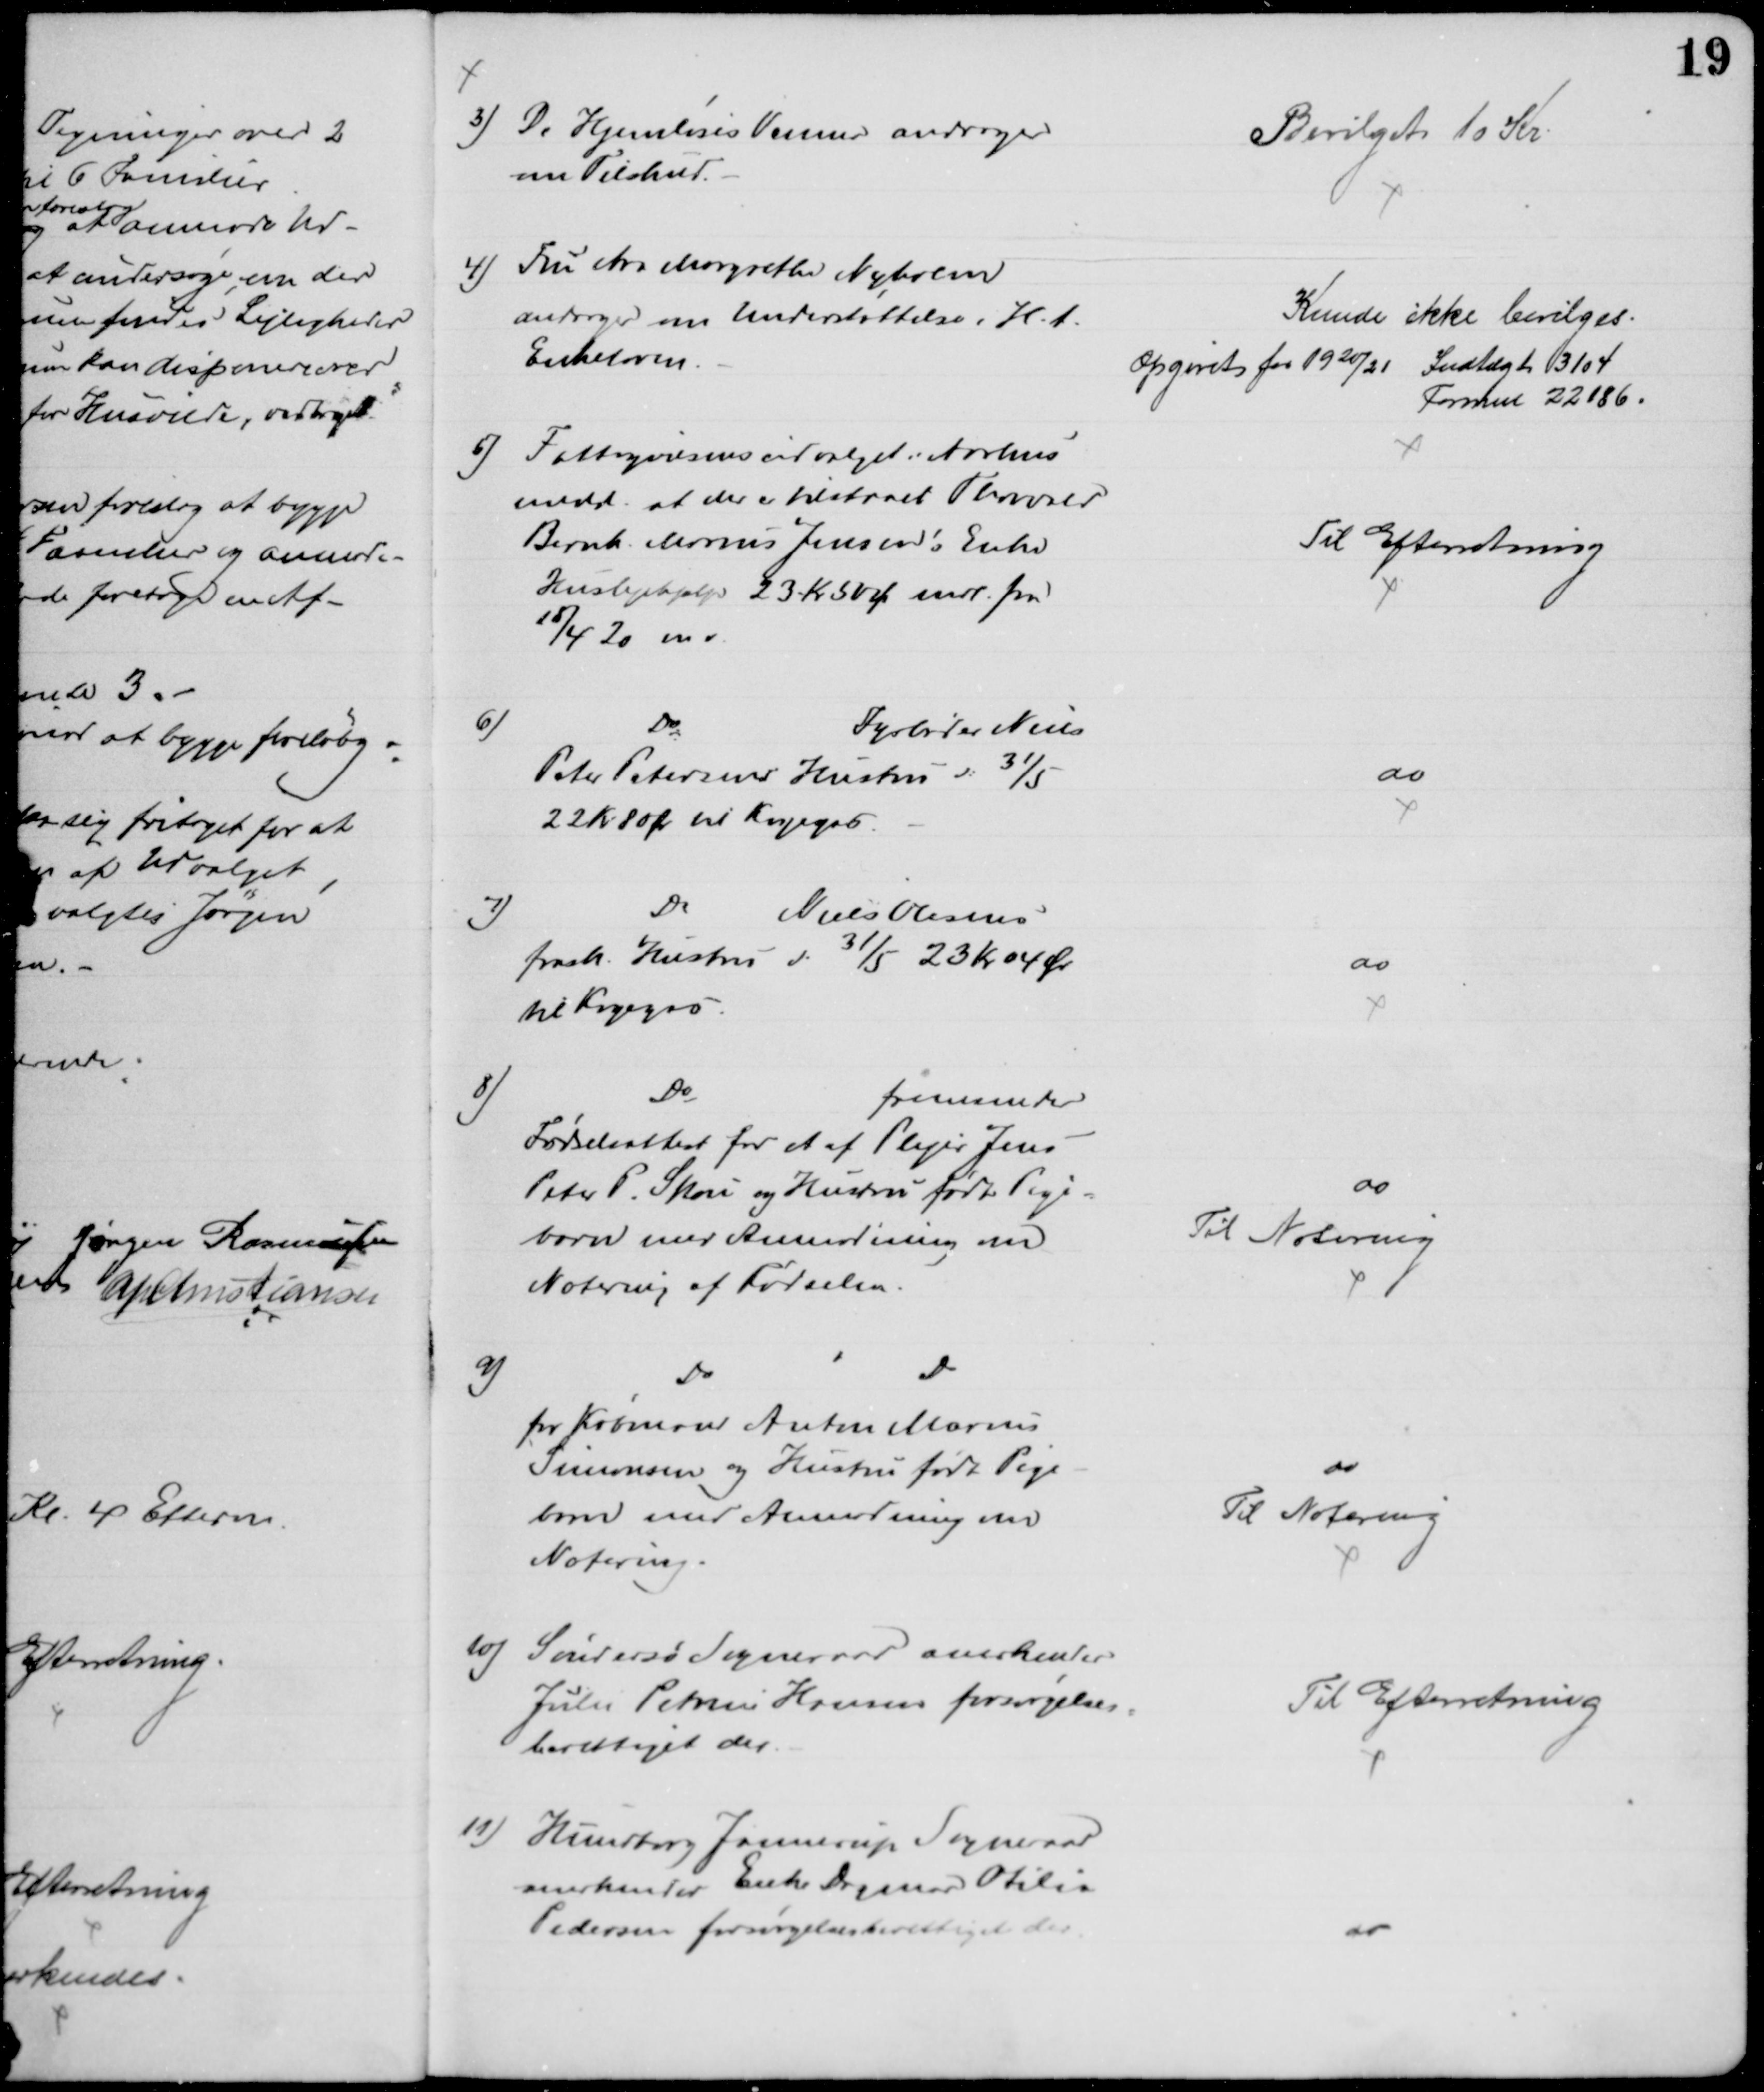
Transskription:
3) De Hjemløses Venner andrager
om Tilskud.
Bevilget 10 Kr
4) Fru Ane Margrethe Nyholm
andrager om Understøttelse i H. t.
Enkeloven.
Kunde ikke bevilges.
Opgivet for 1920/21 Indtægt 3104
Formue 22186.
5) Fattigvæsensudvalget i Aarhus
medd. at der i tilstaaet Thorvald
Bernh. Marius Jensen's Enke
Huslejehjælp 23 Kr 50 Ø mdl. fra 
18/4 20 m v.
Til Efterretning
6)
Do
Fyrbøder Niels
Peter Petersens Hustru d: 31/5
22 Kr 80 Ør til Kogegas
do
7)
Do
Niels Olesens
frask. Hustru d: 31/5 23 Kr 04 Ør
til Kogegas
do
8)
Do
fremsender
Fødselsattest for et af Plejer Jens
Peter P. Skou og Hustru født Pige=
barn med Anmodning om
Notering af Fødselen.
do
Til Notering
9)
Do
Do
fra Købmand Anton Marius
Simonsen og Hustru født Pige-
barn med Anmodning om
Notering.
do
Til Notering
10) Søndersø Sogneraad anerkender
Julie Petrine Hansen forsørgelses=
berettiget der
Til Efterretning
11) Hundborg Jannerup Sogneraad
anerkender Enke Dagmar Otilia
Pedersen forsørgelsesberettiget der
do